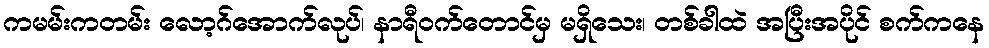
ကမမ်းကတမ်း လော့ဂ်အောက်လုပ်၊ နာရီဝက်တောင်မှ မရှိသေး၊ တစ်ခါထဲ အပြီးအပိုင် စက်ကနေ